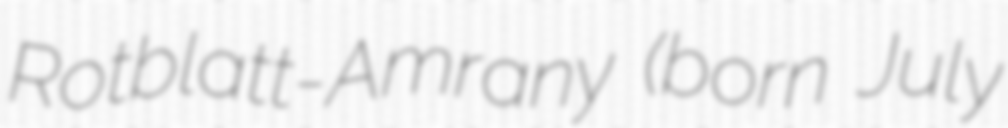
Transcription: Rotblatt-Amrany (born July